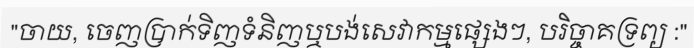
"ចាយ, ចេញប្រាក់ទិញទំនិញឬបង់សេវាកម្មផ្សេងៗ, បរិច្ចាគទ្រព្យ :"